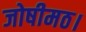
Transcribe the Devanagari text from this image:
जोषीमठ।